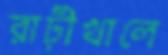
রাঢ়ীখালে